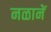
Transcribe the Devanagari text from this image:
नळानें